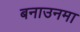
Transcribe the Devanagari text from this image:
बनाउनमा